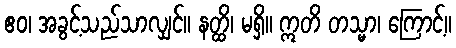
ဧဝ၊ အခွင့်သည်သာလျှင်။ နတ္ထိ၊ မရှိ။ ဣတိ တသ္မာ၊ ကြောင့်။